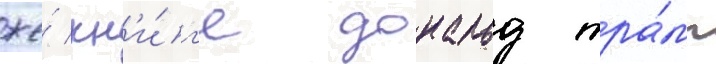
же́ кн'и́г'е дональд тра́мп